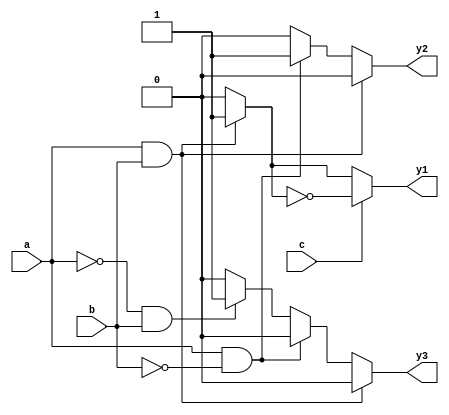
module combinational_logic (
    input wire a,
    input wire b,
    input wire c,
    output reg y1,
    output reg y2,
    output reg y3
);

always @(*) begin
    // Default values for outputs
    y1 = 0;
    y2 = 0;
    y3 = 0;

    // Combinational logic based on input conditions
    if (a && b) begin
        y1 = 1; // y1 is high when both a and b are high
    end else if (a && !b) begin
        y2 = 1; // y2 is high when a is high and b is low
    end else if (!a && b) begin
        y3 = 1; // y3 is high when a is low and b is high
    end

    // Additional logic based on input c
    if (c) begin
        y1 = y1 ^ 1; // Toggle y1 if c is high
    end
end

endmodule